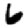
Digit: 6